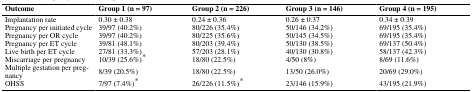
| Outcome | Group 1 (n = 97) | Group 2 (n = 226) | Group 3 (n = 146) | Group 4 (n = 195) |
 | --- | --- | --- | --- | --- |
 | Implantation rate | 0.30 ± 0.38 | 0.24 ± 0.36 | 0.26 ± 0.37 | 0.34 ± 0.39 |
 | Pregnancy per initiated cycle | 39/97 (40.2%) | 80/226 (35.4%) | 50/146 (34.2%) | 69/195 (35.4%) |
 | Pregnancy per OR cycle | 39/97 (40.2%) | 80/225 (35.6%) | 50/145 (34.5%) | 69/195 (35.4%) |
 | Pregnancy per ET cycle | 39/81 (48.1%) | 80/203 (39.4%) | 50/130 (38.5%) | 69/137 (50.4%) |
 | Live birth per ET cycle | 27/81 (33.3%) | 57/203 (28.1%) | 40/130 (30.8%) | 58/137 (42.3%) |
 | Miscarriage per pregnancy | 10/39 (25.6%)* | 18/80 (22.5%) | 4/50 (8%) | 8/69 (11.6%) |
 | Multiple gestation per pregnancy | 8/39 (20.5%) | 18/80 (22.5%) | 13/50 (26.0%) | 20/69 (29.0%) |
 | OHSS | 7/97 (7.4%)* | 26/226 (11.5%)* | 23/146 (15.9%) | 43/195 (21.9%) |